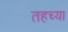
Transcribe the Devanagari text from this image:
तहच्या